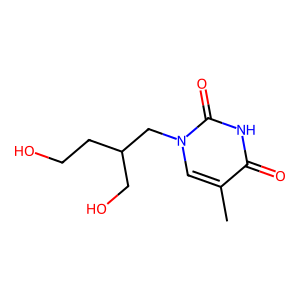
SMILES: Cc1cn(CC(CO)CCO)c(=O)[nH]c1=O
Inhibits HIV replication: No